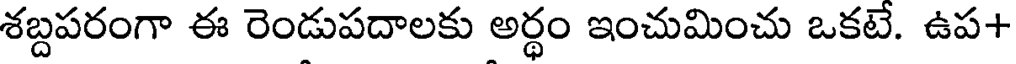
శబ్దపరంగా ఈ రెండుపదాలకు అర్థం ఇంచుమించు ఒకటే. ఉప+